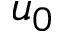
u _ { 0 }